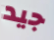
جيد